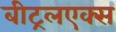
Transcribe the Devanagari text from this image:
बीट्रलएक्स